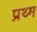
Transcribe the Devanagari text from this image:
प्रथ्म